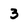
Character: 3